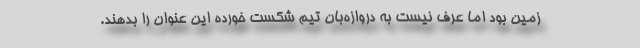
زمین بود اما عرف نیست به دروازه‌بان تیم شکست خورده این عنوان را بدهند.